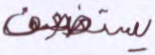
يستضعف